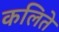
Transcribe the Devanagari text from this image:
कलिते